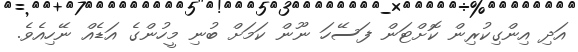
އަދި އިންގިކުރިން ކޮށްޓަން ފަސޭހަ ނޫން ކަމަށް ބުނި މީހުންގެ އަޑެއް ނޭހިއެވެ.